65_HS1-834228961_62-HQ-83894_Section_2
Agency: FBI
Page 155
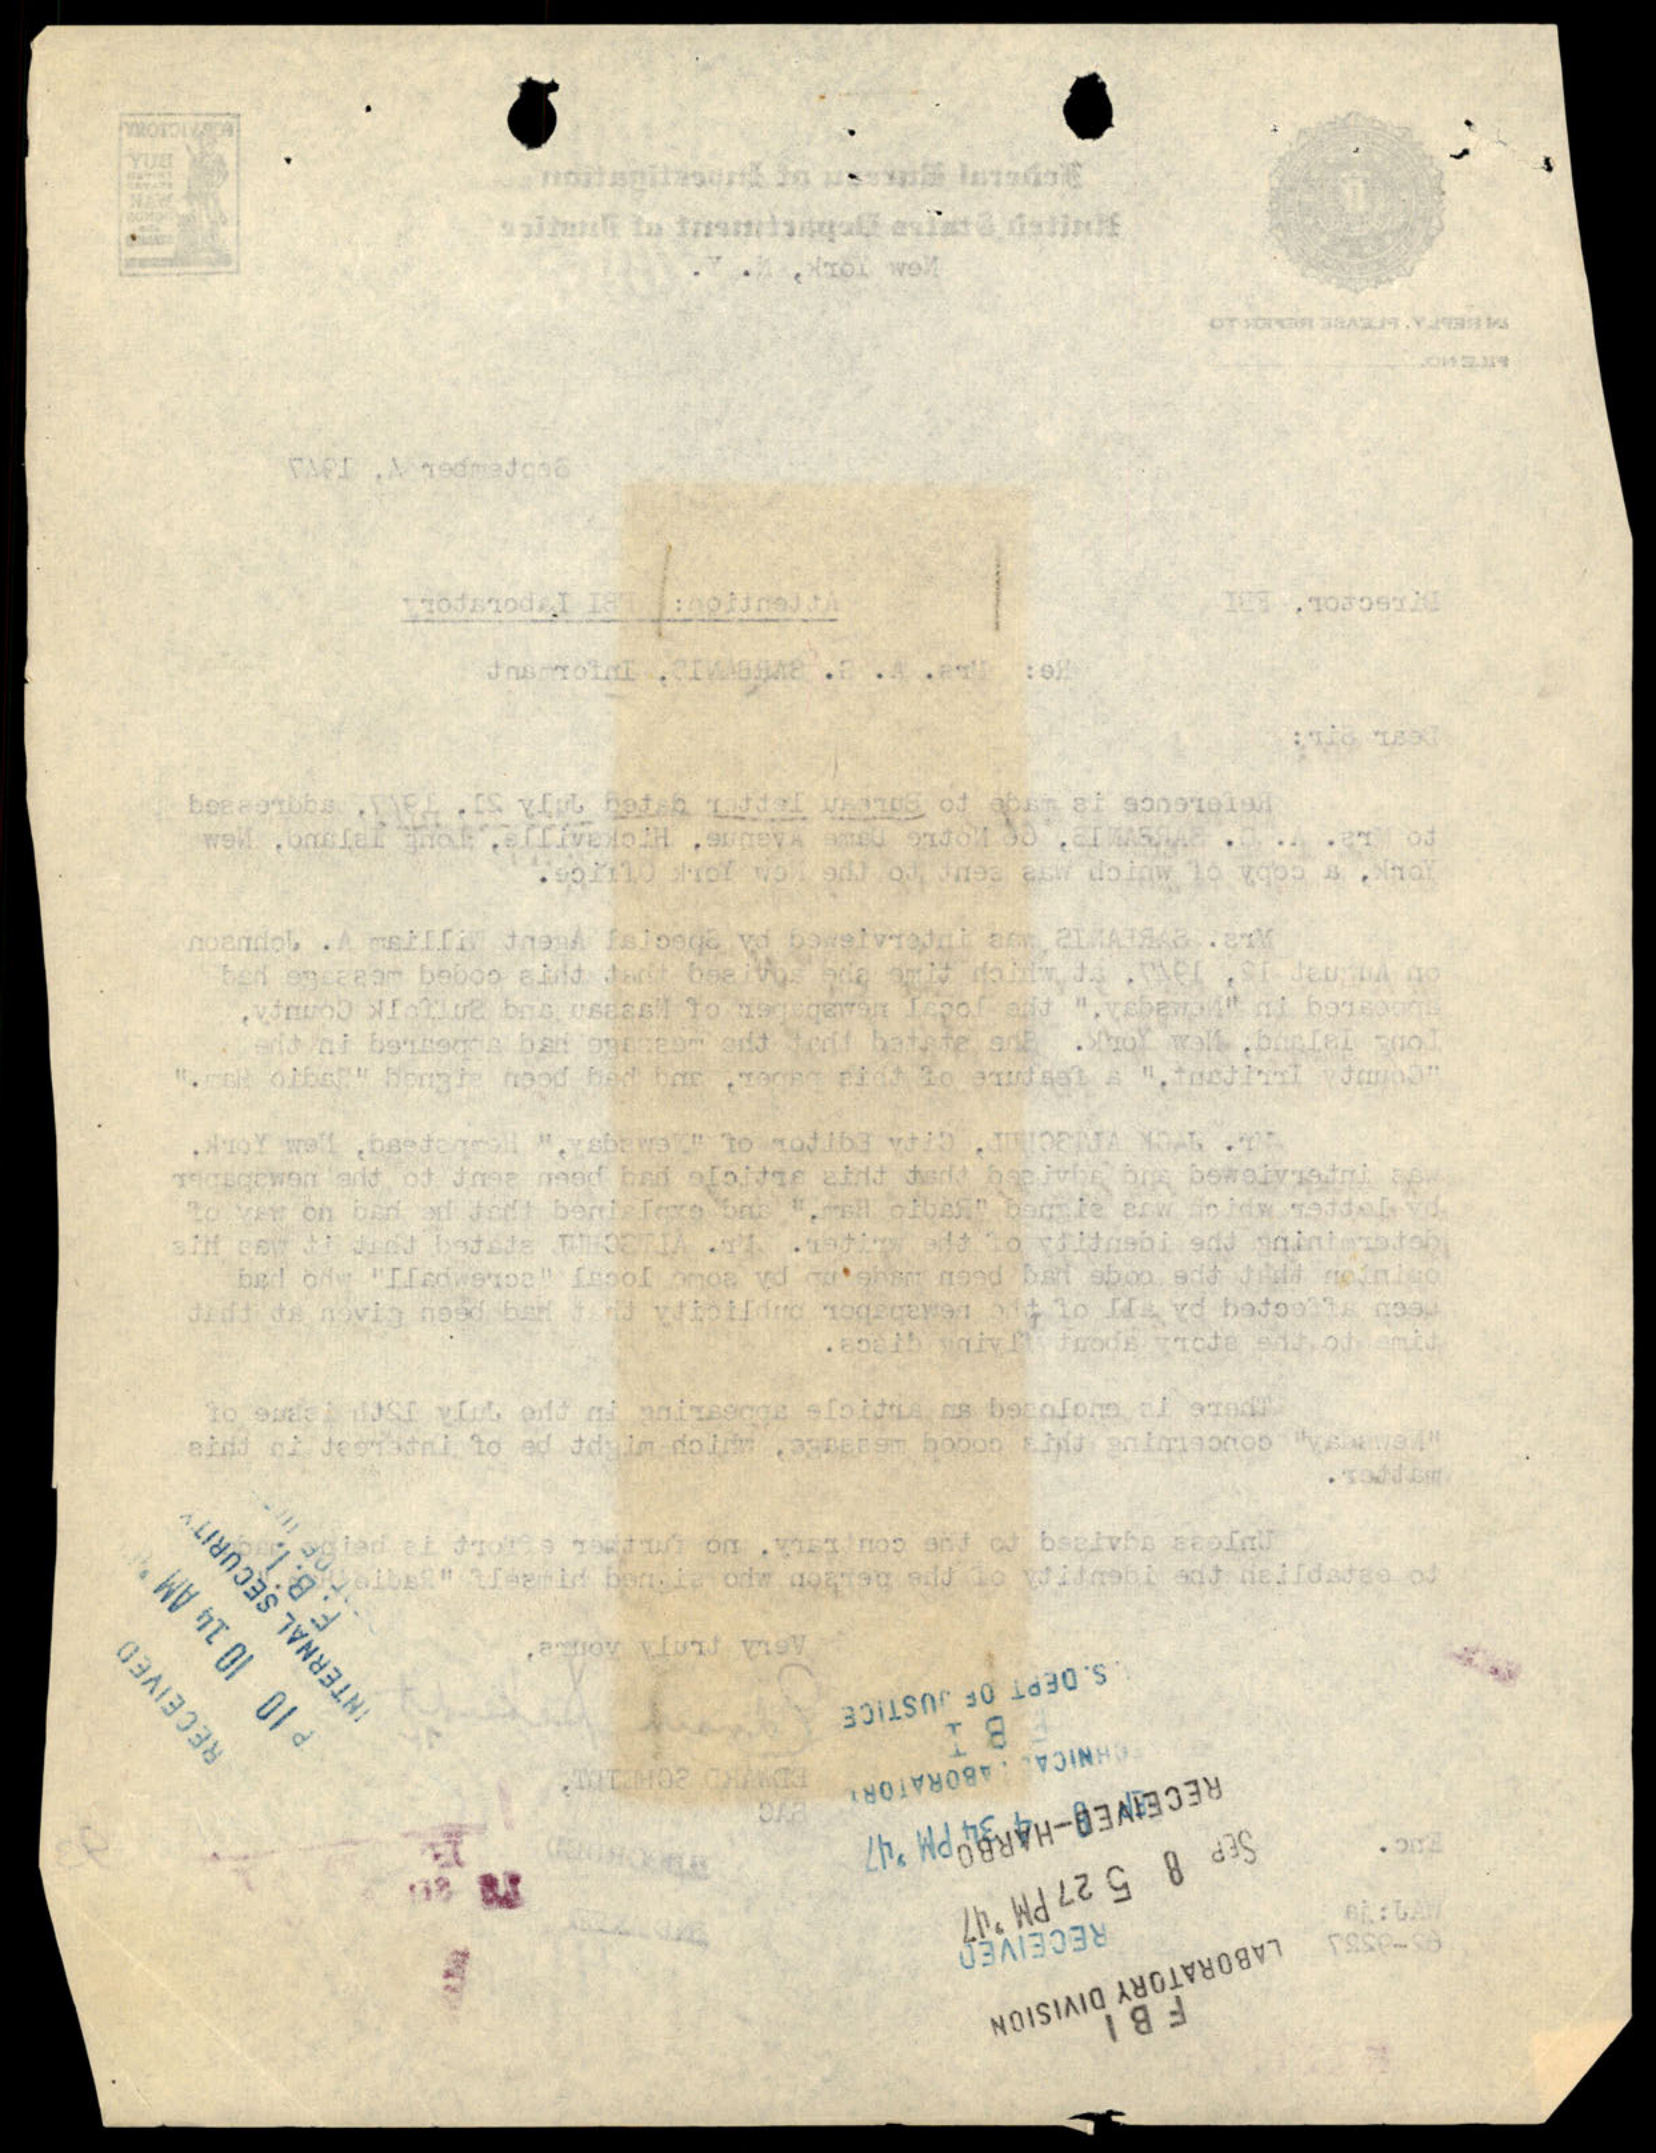